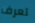
تعرف